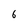
Character: 6